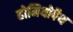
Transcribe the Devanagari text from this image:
होमियोपैथ